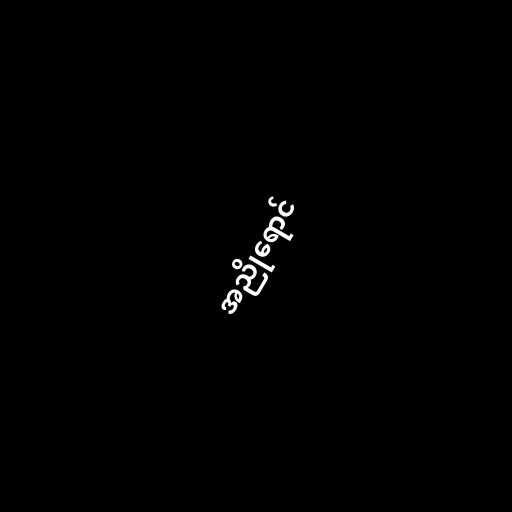
အညိုရောင်